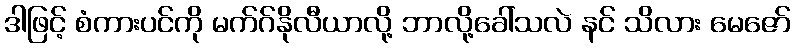
ဒါဖြင့် စံကားပင်ကို မက်ဂ်နိုလီယာလို့ ဘာလို့ခေါ်သလဲ နင် သိလား မေဇော်